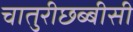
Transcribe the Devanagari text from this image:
चातुरीछब्बीसी